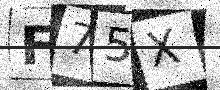
Text: F75X